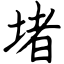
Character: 堵